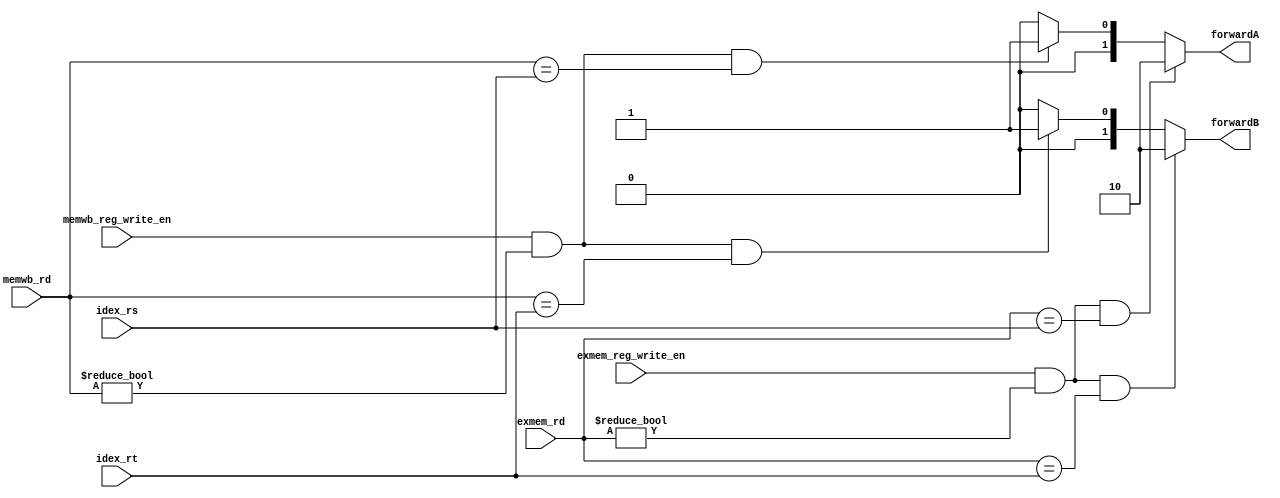
module forwarding_unit(input [3:0] exmem_rd, memwb_rd, idex_rs, idex_rt, input exmem_reg_write_en, memwb_reg_write_en, output[1:0] forwardA, forwardB);

assign forwardA = (exmem_reg_write_en & (exmem_rd != 0) & (exmem_rd == idex_rs)) ? 2'b10 : 
			((memwb_reg_write_en) & (memwb_rd != 0) & /*~(exmem_reg_write_en & (exmem_rd !=0) & (exmem_rd != idex_rs)) &*/ (memwb_rd == idex_rs)) ? 2'b01 : 0;

assign forwardB = (exmem_reg_write_en & (exmem_rd != 0) & (exmem_rd == idex_rt)) ? 2'b10 : 
			((memwb_reg_write_en) & (memwb_rd != 0) & /*~(exmem_reg_write_en & (exmem_rd !=0) & (exmem_rd != idex_rt)) &*/ (memwb_rd == idex_rt)) ? 2'b01 : 0;


endmodule